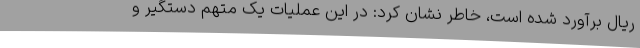
ریال برآورد شده است، خاطر نشان کرد: در این عملیات یک متهم دستگیر و